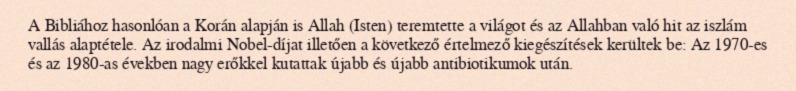
A Bibliához hasonlóan a Korán alapján is Allah (Isten) teremtette a világot és az Allahban való hit az iszlám vallás alaptétele. Az irodalmi Nobel-díjat illetően a következő értelmező kiegészítések kerültek be: Az 1970-es és az 1980-as években nagy erőkkel kutattak újabb és újabb antibiotikumok után.